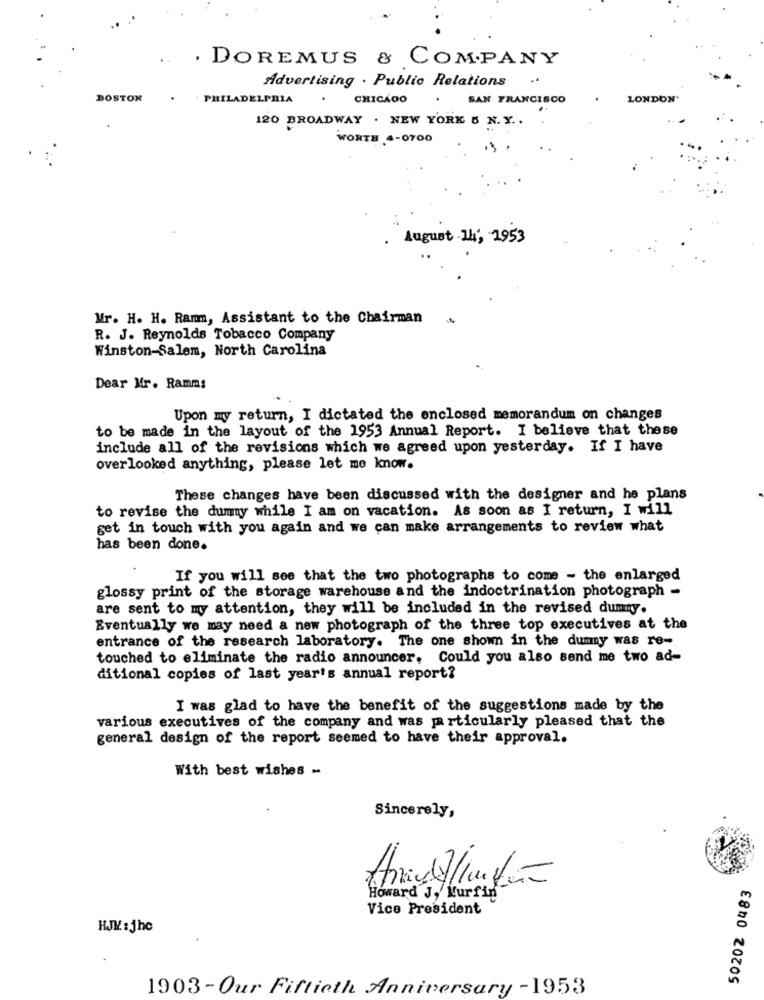
. DOREMUS & COMPANY
Advertising . Public Relations .
BOSTON
PHILADELPHIA
CHICAGO
SAN FRANCISCO
LONDON'
120 BROADWAY . NEW YORK 8 N. Y ..
WORTH 4-0700
August 14, 1953
Mr. H. H. Ramm, Assistant to the Chairman
R. J. Reynolds Tobacco Company
Winston-Salem, North Carolina
Dear Mr. Ramms
Upon my return, I dictated the enclosed memorandum on changes
to be made in the layout of the 1953 Annual Report. I believe that these
include all of the revisions which we agreed upon yesterday. If I have
overlooked anything, please let me know.
These changes have been discussed with the designer and he plans
to revise the dummy while I am on vacation. As soon as I return, I will
get in touch with you again and we can make arrangements to review what
has been done.
If you will see that the two photographs to come - the enlarged
glossy print of the storage warehouse and the indoctrination photograph -
are sent to my attention, they will be included in the revised dummy.
Eventually we may need a new photograph of the three top executives at the
entrance of the research laboratory. The one shown in the dummy was re-
touched to eliminate the radio announcer, Could you also send me two ad-
ditional copies of last year's annual report?
I was glad to have the benefit of the suggestions made by the
various executives of the company and was particularly pleased that the
general design of the report seemed to have their approval.
With best wishes -
Sincerely,
50202 0483
Howard J, Kurfin"
Vice President
HJK :jhc
1903 - Our Fiftieth Anniversary - 1953